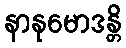
နာနုမောဒန္တိ